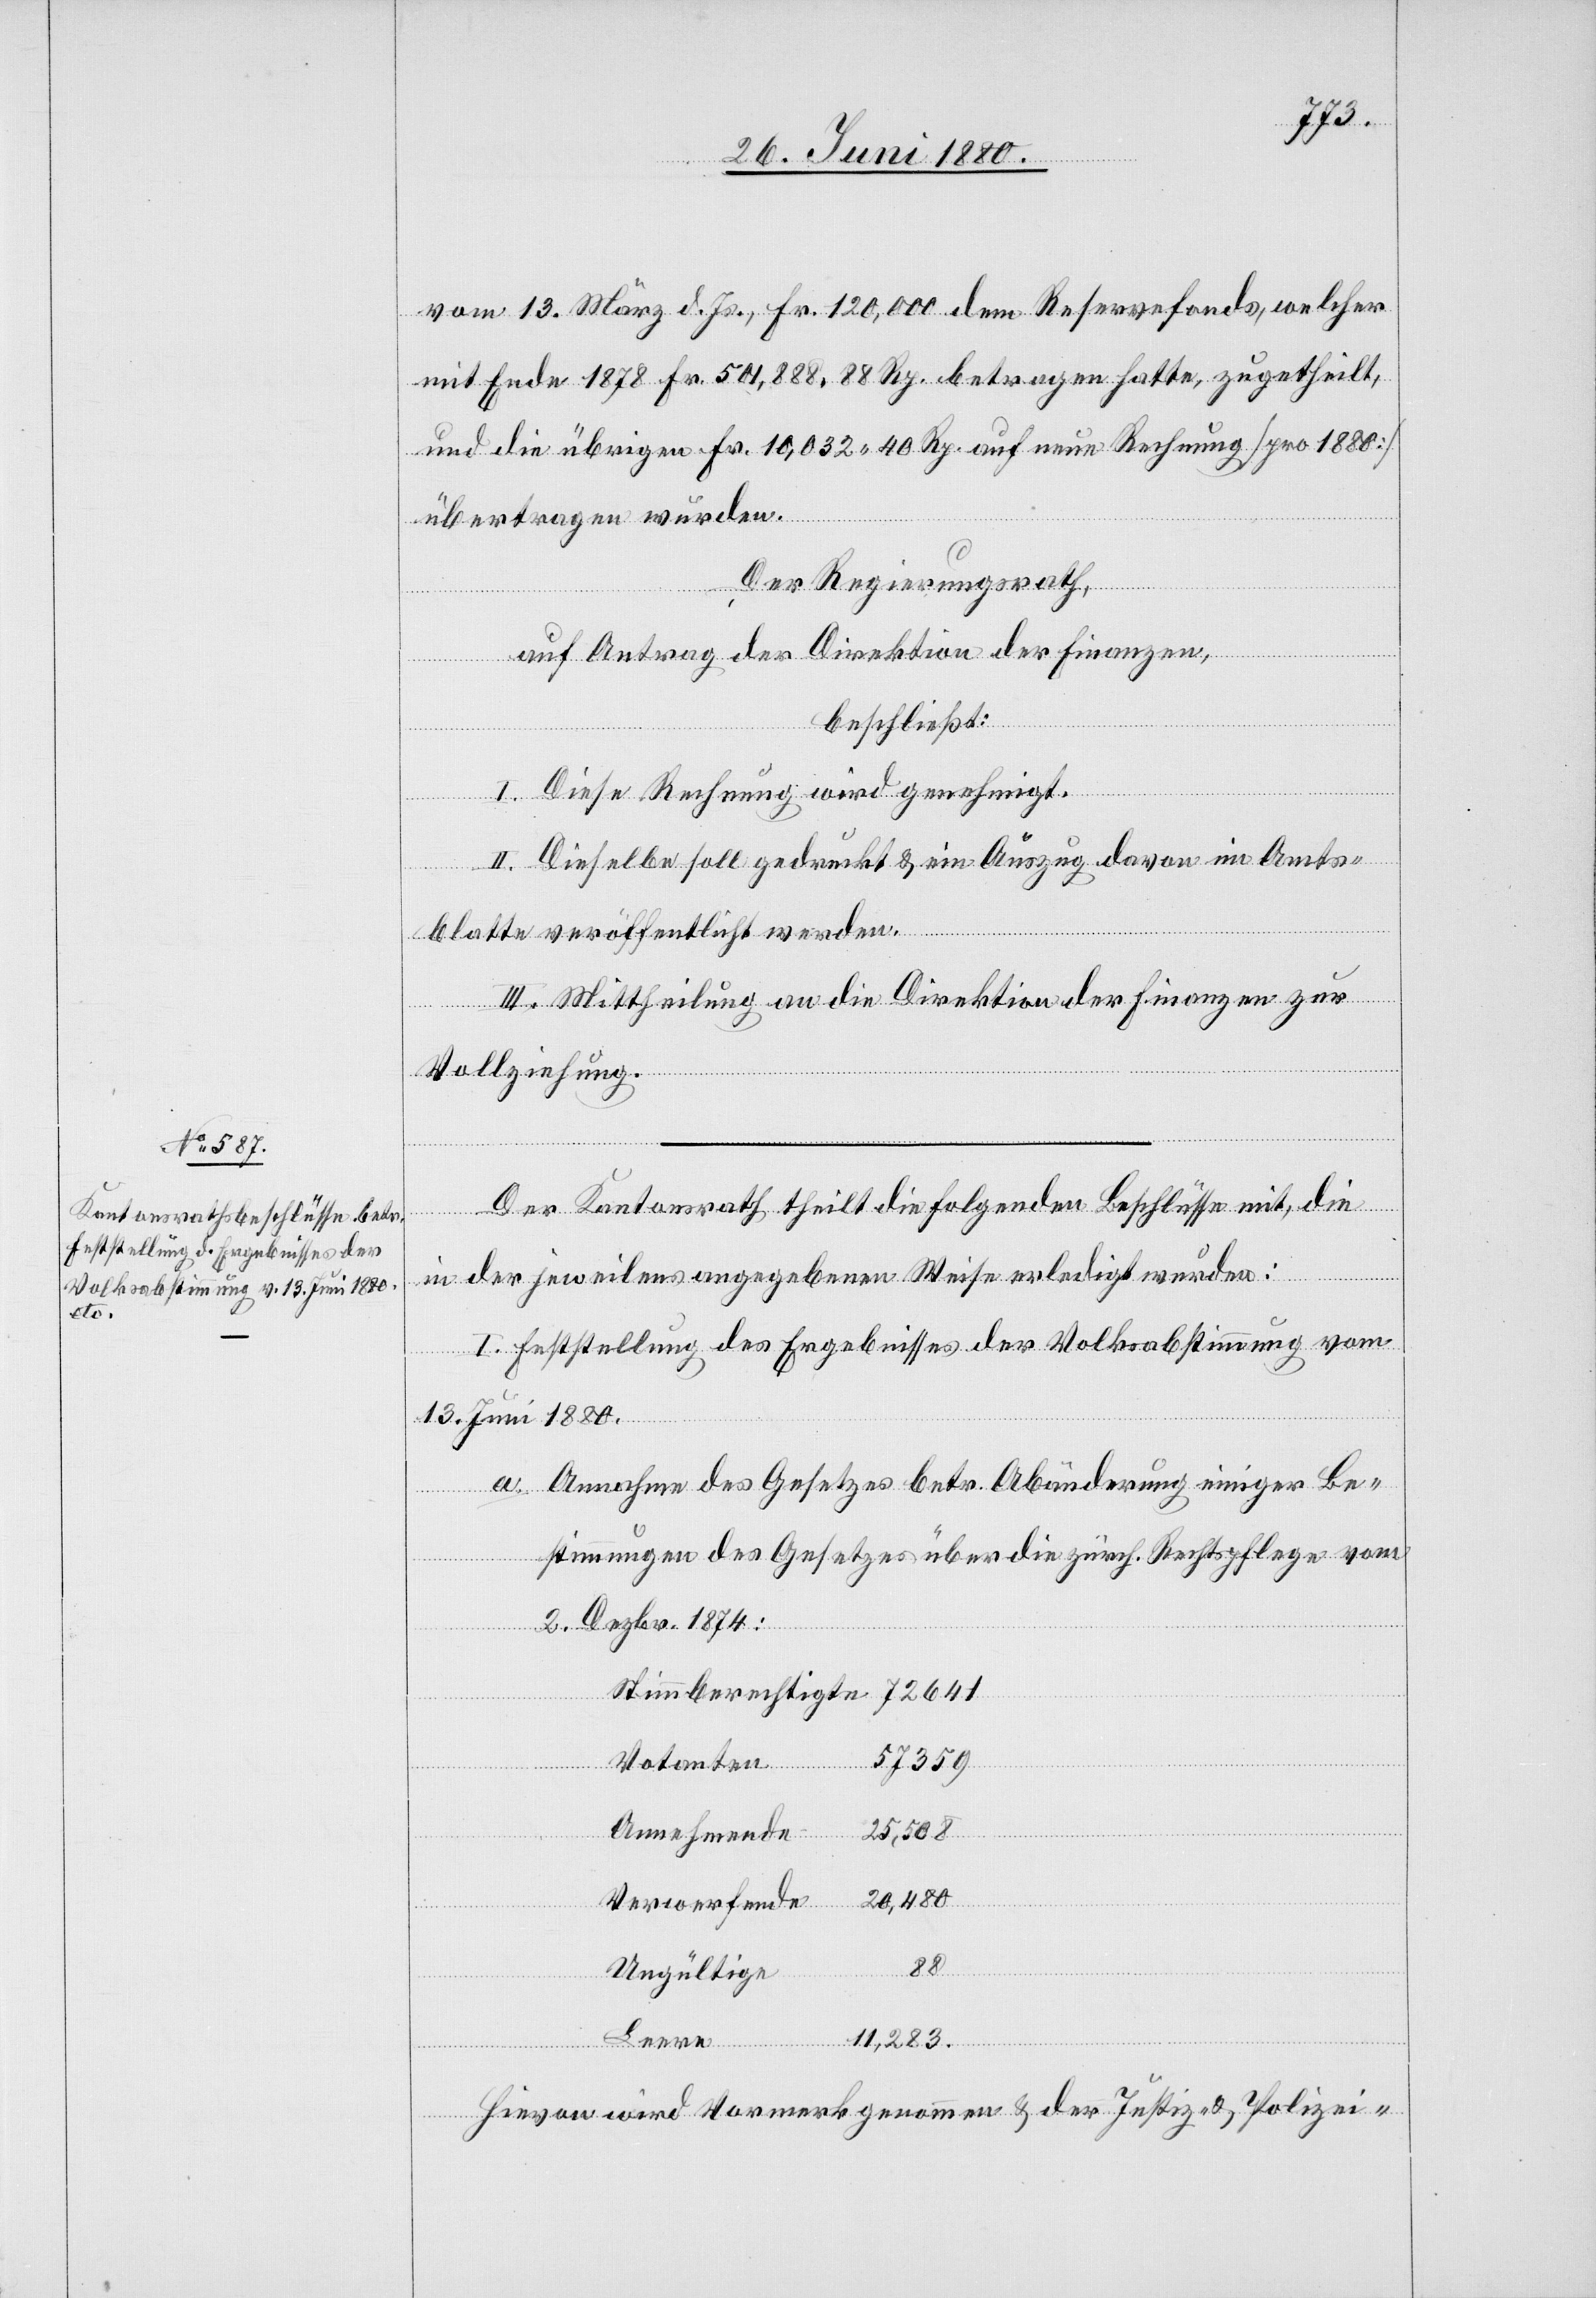
vom 13. März d. Js., Fr. 120,000 dem Reservefonds, welcher
mit Ende 1878 Fr. 501,888. 88 Rp. betragen hatte, zugetheilt
und die übrigen Fr. 10,032. 40 Rp. auf neue Rechnung [pro 1880]
übertragen wurden.
Der Regierungsrath;
auf Antrag der Direktion der Finanzen,
beschließt:
I. Diese Rechnung wird genehmigt.
II. Dieselbe soll gedruckt & ein Auszug davon im Amts¬
blatte veröffentlicht werden.
III. Mittheilung an die Direktion der Finanzen zur
Vollziehung.
Der Kantonsrath theilt die folgenden Beschlüsse mit, die
Stimmberechtigte
in der jeweilens angegebenen Weise erledigt wurden:
I. Feststellung des Ergebnisses der Volksabstimmung vom
13. Juni 1880.
a. Annahme des Gesetzes betr. Abänderung einiger Be¬
stimmungen des Gesetzes über die zürch. Rechtspflege vom
2. Dezbr. 1874:
57359
Votanten
Annehmende
25,508
20,480
Verwerfende
Ungültige
Leere
11,283
Hievon wird Vormerk genommen & der Justiz- & Polizei-